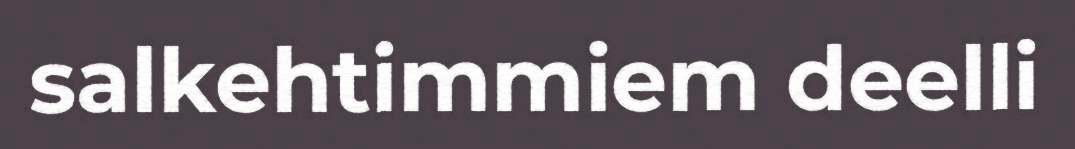
salkehtimmiem deelli